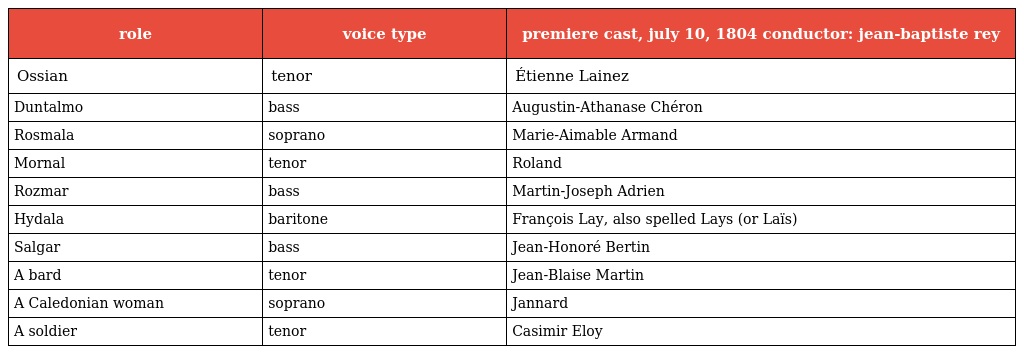
| role | voice type | premiere cast, july 10, 1804 conductor: jean-baptiste rey |
 | --- | --- | --- |
 | Ossian | tenor | Étienne Lainez |
 | Duntalmo | bass | Augustin-Athanase Chéron |
 | Rosmala | soprano | Marie-Aimable Armand |
 | Mornal | tenor | Roland |
 | Rozmar | bass | Martin-Joseph Adrien |
 | Hydala | baritone | François Lay, also spelled Lays (or Laïs) |
 | Salgar | bass | Jean-Honoré Bertin |
 | A bard | tenor | Jean-Blaise Martin |
 | A Caledonian woman | soprano | Jannard |
 | A soldier | tenor | Casimir Eloy |